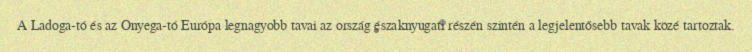
A Ladoga-tó és az Onyega-tó Európa legnagyobb tavai az ország északnyugati részén szintén a legjelentősebb tavak közé tartoztak.